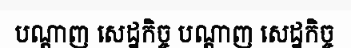
បណ្តាញ សេដ្ឋកិច្ច បណ្តាញ សេដ្ឋកិច្ច